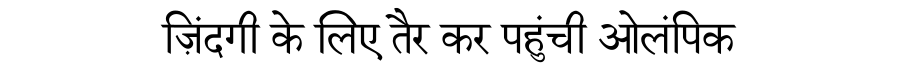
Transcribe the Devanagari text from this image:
ज़िंदगी के लिए तैर कर पहुंची ओलंपिक